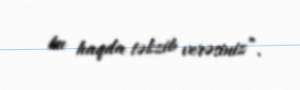
bu haqda təkzib verəsiniz”.